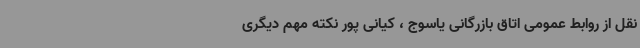
نقل از روابط عمومی اتاق بازرگانی یاسوج ، کیانی پور نکته مهم دیگری